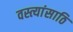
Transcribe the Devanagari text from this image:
वस्त्यांसाठि